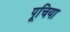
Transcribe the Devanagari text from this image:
पूचिया